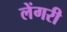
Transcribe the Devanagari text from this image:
लेंगरी